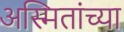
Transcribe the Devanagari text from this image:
अस्मितांच्या